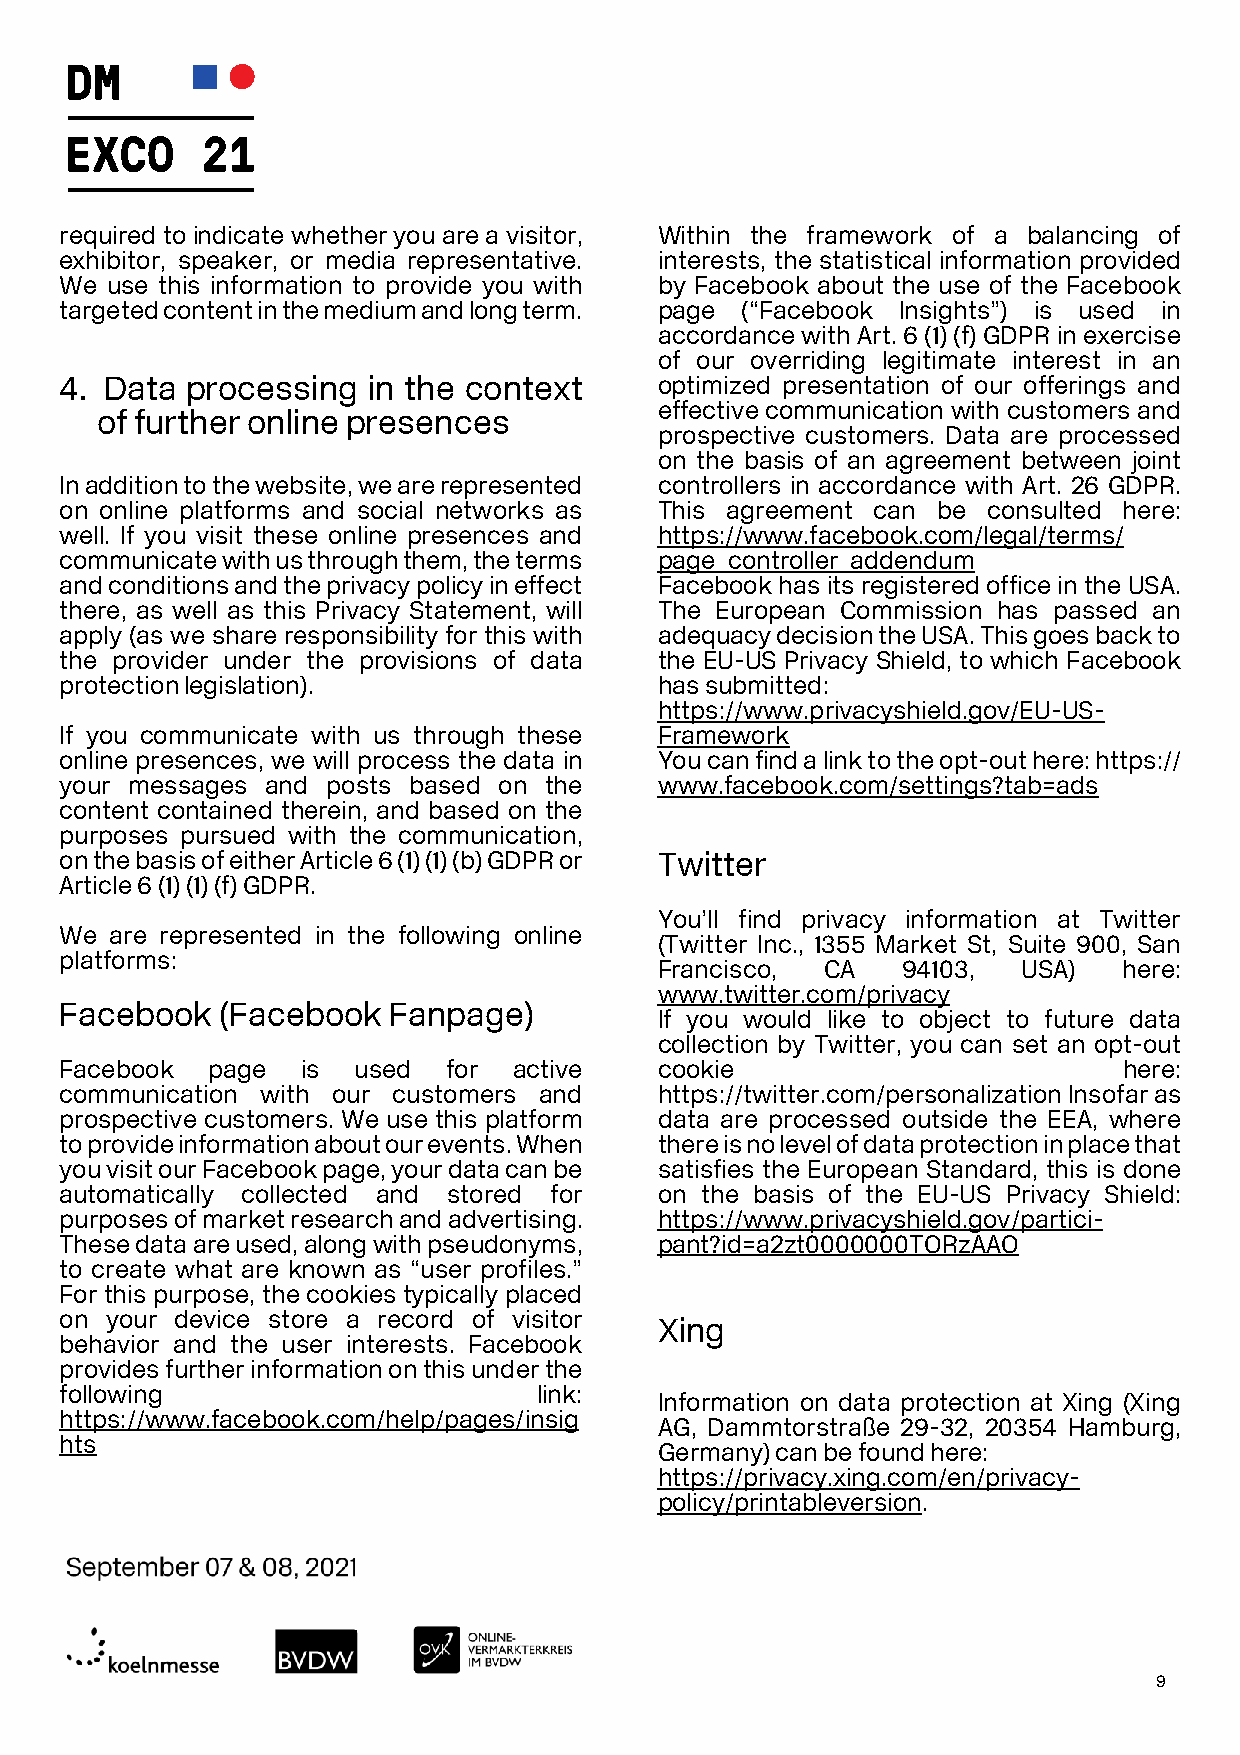
required to indicate whether you are a visitor, Within the framework of a balancing of
 exhibitor, speaker, or media representative. interests, the statistical information provided
 We use this information to provide you with by Facebook about the use of the Facebook
 targeted content in the medium and long term. page (“Facebook Insights”) is used in
 accordance with Art. 6 (1) (f) GDPR in exercise
 of our overriding legitimate interest in an
 4. Data processing  in the context      optimized presentation of our offerings and
 effective communication with customers and
 of further online presences
 prospective customers. Data are processed
 on the basis of an agreement between joint
 In addition to the website, we are represented controllers in accordance with Art. 26 GDPR.
 on online platforms and social networks as This agreement can be consulted here:
 well. If you visit these online presences and https://www.facebook.com/legal/terms/
 communicate with us through them, the terms page_controller_addendum
 and conditions and the privacy policy in effect Facebook has its registered office in the USA.
 there, as well as this Privacy Statement, will The European Commission has passed an
 apply (as we share responsibility for this with adequacy decision the USA. This goes back to
 the provider under the provisions of data the EU-US Privacy Shield, to which Facebook
 protection legislation).                has submitted:
 https://www.privacyshield.gov/EU-US-
 If you communicate with us through these Framework
 online presences, we will process the data in You can find a link to the opt-out here: https://
 your messages and posts based on the    www.facebook.com/settings?tab=ads
 content contained therein, and based on the
 purposes pursued with the communication,
 on the basis of either Article 6 (1) (1) (b) GDPR or Twitter
 Article 6 (1) (1) (f) GDPR.
 You’ll find privacy information at Twitter
 We are represented in the following online
 (Twitter Inc., 1355 Market St, Suite 900, San
 platforms:
 Francisco, CA   94103,  USA)  here:
 www.twitter.com/privacy
 Facebook   (Facebook  Fanpage)
 If you would like to object to future data
 collection by Twitter, you can set an opt-out
 Facebook  page  is used   for active    cookie                        here:
 communication with our customers and    https://twitter.com/personalization Insofar as
 prospective customers. We use this platform data are processed outside the EEA, where
 to provide information about our events. When there is no level of data protection in place that
 you visit our Facebook page, your data can be satisfies the European Standard, this is done
 automatically collected and stored for  on the basis of the EU-US Privacy Shield:
 purposes of market research and advertising. https://www.privacyshield.gov/partici-
 These data are used, along with pseudonyms, pant?id=a2zt0000000TORzAAO
 to create what are known as “user profiles.”
 For this purpose, the cookies typically placed
 on your device store a record of visitor
 Xing
 behavior and the user interests. Facebook
 provides further information on this under the
 following                       link:
 Information on data protection at Xing (Xing
 https://www.facebook.com/help/pages/insig
 AG, Dammtorstraße 29-32, 20354 Hamburg,
 hts
 Germany) can be found here:
 https://privacy.xing.com/en/privacy-
 policy/printableversion.
 9